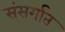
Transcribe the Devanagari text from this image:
संसर्गात